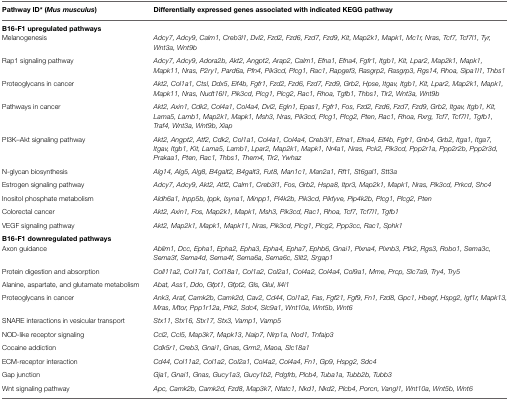
<table><thead><tr><td><b>Pathway ID* (<i>Mus musculus</i>)</b></td><td><b>Differentially expressed genes associated with indicated KEGG pathway</b></td></tr></thead><tbody><tr><td><b>B16-F1 upregulated pathways</b></td></tr><tr><td>Melanogenesis</td><td><i>Adcy7, Adcy9, Calm1, Creb3l1, Dvl2, Fzd2, Fzd6, Fzd7, Fzd9, Kit, Map2k1, Mapk1, Mc1r, Nras, Tcf7, Tcf7l1, Tyr, Wnt3a, Wnt9b</i></td></tr><tr><td>Rap1 signaling pathway</td><td><i>Adcy7, Adcy9, Adora2b, Akt2, Angpt2, Arap2, Calm1, Efna1, Efna4, Fgfr1, Itgb1, Kit, Lpar2, Map2k1, Mapk1, Mapk11, Nras, P2ry1, Pard6a, Pfn4, Pik3cd, Plcg1, Rac1, Rapgef3, Rasgrp2, Rasgrp3, Rgs14, Rhoa, Sipa1l1, Thbs1</i></td></tr><tr><td>Proteoglycans in cancer</td><td><i>Akt2, Col1a1, Ctsl, Ddx5, Eif4b, Fgfr1, Fzd2, Fzd6, Fzd7, Fzd9, Grb2, Hpse, Itgav, Itgb1, Kit, Lpar2, Map2k1, Mapk1, Mapk11, Nras, Nudt16l1, Pik3cd, Plcg1, Plcg2, Rac1, Rhoa, Tgfb1, Thbs1, Tlr2, Wnt3a, Wnt9b</i></td></tr><tr><td>Pathways in cancer</td><td><i>Akt2, Axin1, Cdk2, Col4a1, Col4a4, Dvl2, Egln1, Epas1, Fgfr1, Fos, Fzd2, Fzd6, Fzd7, Fzd9, Grb2, Itgav, Itgb1, Kit, Lama5, Lamb1, Map2k1, Mapk1, Msh3, Nras, Pik3cd, Plcg1, Plcg2, Pten, Rac1, Rhoa, Rxrg, Tcf7, Tcf7l1, Tgfb1, Traf4, Wnt3a, Wnt9b, Xiap</i></td></tr><tr><td>PI3K–Akt signaling pathway</td><td><i>Akt2, Angpt2, Atf2, Cdk2, Col1a1, Col4a1, Col4a4, Creb3l1, Efna1, Efna4, Eif4b, Fgfr1, Gnb4, Grb2, Itga1, Itga7, Itgav, Itgb1, Kit, Lama5, Lamb1, Lpar2, Map2k1, Mapk1, Nr4a1, Nras, Pck2, Pik3cd, Ppp2r1a, Ppp2r2b, Ppp2r3d, Prakaa1, Pten, Rac1, Thbs1, Them4, Tlr2, Ywhaz</i></td></tr><tr><td>N-glycan biosynthesis</td><td><i>Alg14, Alg5, Alg8, B4galt2, B4galt3, Fut8, Man1c1, Man2a1, Rft1, St6gal1, Stt3a</i></td></tr><tr><td>Estrogen signaling pathway</td><td><i>Adcy7, Adcy9, Akt2, Atf2, Calm1, Creb3l1, Fos, Grb2, Hspa8, Itpr3, Map2k1, Mapk1, Nras, Pik3cd, Prkcd, Shc4</i></td></tr><tr><td>Inositol phosphate metabolism</td><td><i>Aldh6a1, Inpp5b, Ippk, Isyna1, Minpp1, Pi4k2b, Pik3cd, Pikfyve, Pip4k2b, Plcg1, Plcg2, Pten</i></td></tr><tr><td>Colorectal cancer</td><td><i>Akt2, Axin1, Fos, Map2k1, Mapk1, Msh3, Pik3cd, Rac1, Rhoa, Tcf7, Tcf7l1, Tgfb1</i></td></tr><tr><td>VEGF signaling pathway</td><td><i>Akt2, Map2k1, Mapk1, Mapk11, Nras, Pik3cd, Plcg1, Plcg2, Ppp3cc, Rac1, Sphk1</i></td></tr><tr><td><b>B16-F1 downregulated pathways</b></td></tr><tr><td>Axon guidance</td><td><i>Ablim1, Dcc, Epha1, Epha2, Epha3, Epha4, Epha7, Ephb6, Gnai1, Plxna4, Plxnb3, Ptk2, Rgs3, Robo1, Sema3c, Sema3f, Sema4d, Sema4f, Sema6a, Sema6c, Slit2, Srgap1</i></td></tr><tr><td>Protein digestion and absorption</td><td><i>Coll11a2, Col17a1, Col18a1, Col1a2, Col2a1, Col4a2, Col4a4, Col9a1, Mme, Prcp, Slc7a9, Try4, Try5</i></td></tr><tr><td>Alanine, aspartate, and glutamate metabolism</td><td><i>Abat, Ass1, Ddo, Gfpt1, Gfpt2, Gls, Glul, Il4i1</i></td></tr><tr><td>Proteoglycans in cancer</td><td><i>Ank3, Araf, Camk2b, Camk2d, Cav2, Cd44, Col1a2, Fas, Fgf21, Fgf9, Fn1, Fzd8, Gpc1, Hbegf, Hspg2, Igf1r, Mapk13, Mras, Mtor, Ppp1r12a, Ptk2, Sdc4, Slc9a1, Wnt10a, Wnt5b, Wnt6</i></td></tr><tr><td>SNARE interactions in vesicular transport</td><td><i>Stx11, Stx16, Stx17, Stx3, Vamp1, Vamp5</i></td></tr><tr><td>NOD-like receptor signaling</td><td><i>Ccl2, Ccl5, Map3k7, Mapk13, Naip7, Nlrp1a, Nod1, Tnfaip3</i></td></tr><tr><td>Cocaine addiction</td><td><i>Cdk5r1, Creb3, Gnai1, Gnas, Grm2, Maoa, Slc18a1</i></td></tr><tr><td>ECM-receptor interaction</td><td><i>Cd44, Col11a2, Col1a2, Col2a1, Col4a2, Col4a4, Fn1, Gp9, Hspg2, Sdc4</i></td></tr><tr><td>Gap junction</td><td><i>Gja1, Gnai1, Gnas, Gucy1a3, Gucy1b2, Pdgfrb, Plcb4, Tuba1a, Tubb2b, Tubb3</i></td></tr><tr><td>Wnt signaling pathway</td><td><i>Apc, Camk2b, Camk2d, Fzd8, Map3k7, Nfatc1, Nkd1, Nkd2, Plcb4, Porcn, Vangl1, Wnt10a, Wnt5b, Wnt6</i></td></tr></tbody></table>